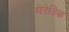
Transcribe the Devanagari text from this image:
मेरेडिक